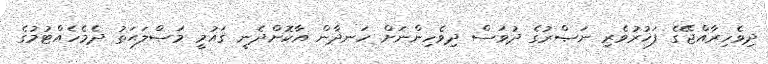
ދިވެހިރާއްޖޭގެ ފަޚުރުވެރި ނަޞްރުގެ ދުވަސް ދިވެހިންނަށް ހަނދާން އާކޮށްދެނީ ޤައުމީ މަޞްލަޙަތު ދެމެހެއްޓުމުގެ